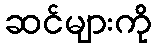
ဆင်များကို